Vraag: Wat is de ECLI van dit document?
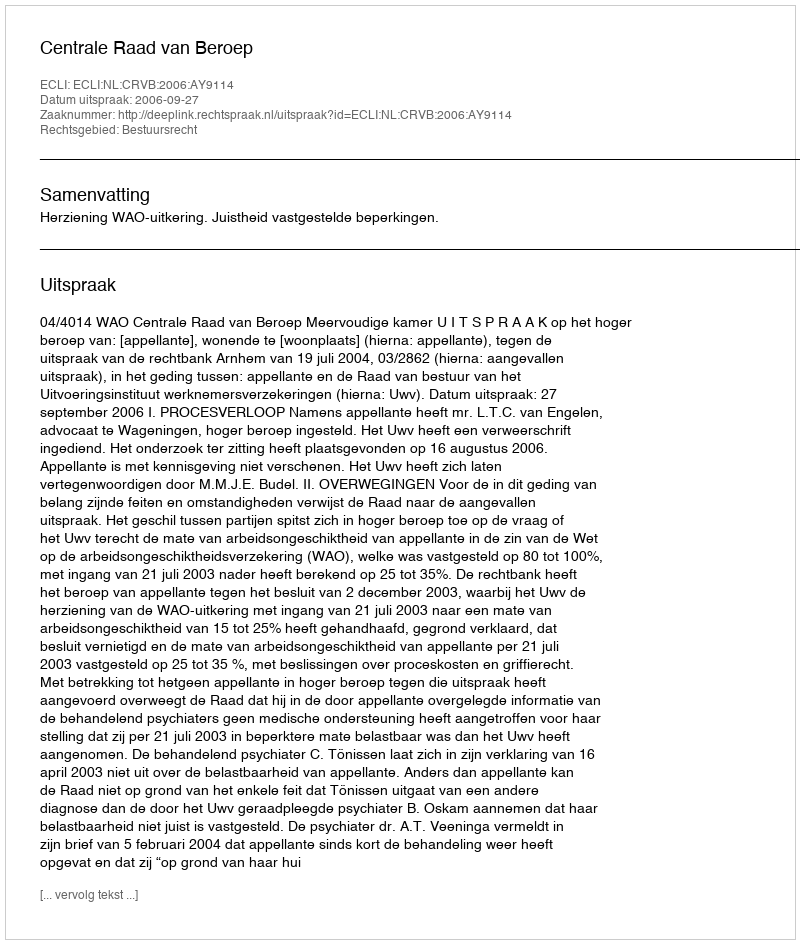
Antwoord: ECLI:NL:CRVB:2006:AY9114